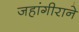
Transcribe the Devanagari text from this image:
जहांगीराने